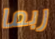
ربما